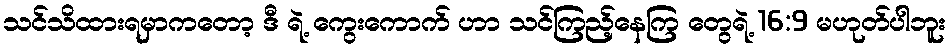
သင်သိထားရမှာကတော့ ဒီ ရဲ့ ကွေးကောက် ဟာ သင်ကြည့်နေကြ တွေရဲ့ 16:9 မဟုတ်ပါဘူး